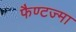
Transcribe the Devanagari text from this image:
फैण्टज्मा